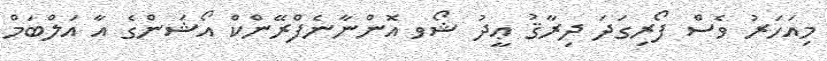
މިއަހަރު ވެސް ފޯރިގަދަ ދިރާޤު ޢީދު ޝޯވ އޮންނާނެފްރޭންކް އޯޝަންގެ އާ އަލްބަމް